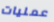
عمليات